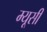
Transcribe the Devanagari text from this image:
म्यूसी